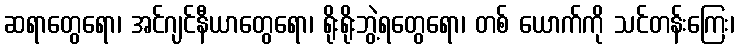
ဆရာတွေရော၊ အင်ဂျင်နီယာတွေရော၊ ရိုးရိုးဘွဲ့ရတွေရော၊ တစ် ယောက်ကို သင်တန်းကြေး၊